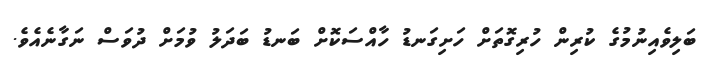
ބަލިވެއިނުމުގެ ކުރިން ހުރިގޮތަށް ހަށިގަނޑު ހާއްސަކޮށް ބަނޑު ބަދަލު ވުމަށް ދުވަސް ނަގާނެއެވެ.